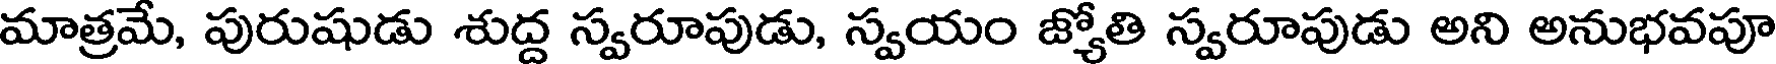
మాత్రమే, పురుషుడు శుద్ద స్వరూపుడు, స్వయం జ్యోతి స్వరూపుడు అని అనుభవపూ